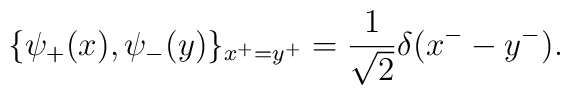
\{\psi_+(x), \psi_-(y)\}_{x^+=y^+}=\frac{1}{\sqrt 2}\delta(x^--y^-).